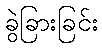
ခွဲခြားခြင်း